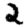
Digit: 2